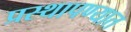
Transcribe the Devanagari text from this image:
प्रस्थापण्यात